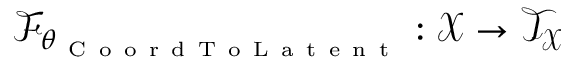
\mathcal { F } _ { \theta _ { \mathrm { ~ C ~ o ~ o ~ r ~ d ~ T ~ o ~ L ~ a ~ t ~ e ~ n ~ t ~ } } } : \mathcal { X } \to \mathcal { T } _ { \mathcal { X } }